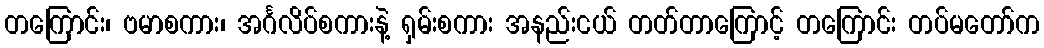
တကြောင်း၊ ဗမာစကား၊ အင်္ဂလိပ်စကားနဲ့ ရှမ်းစကား အနည်းငယ် တတ်တာကြောင့် တကြောင်း တပ်မတော်က